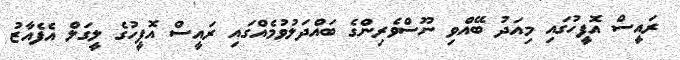
ރައީސް އޮފީހުގައި މިއަދު ބޭއްވި ނޫސްވެރިންގެ ބައްދަލުވުމެއްގައި ރައީސް އޮފީހުގެ ލީގަލް އެފެއާޒު